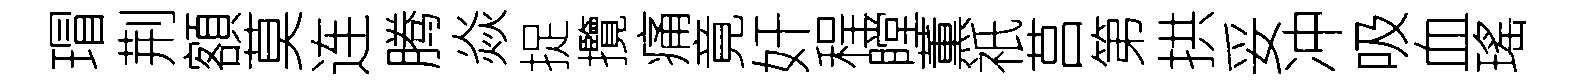
瑁荆額莫连腾焱捉攬痛竟奸程瞠薫祇莒第拱妥冲吸血瑤